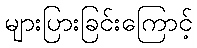
များပြားခြင်းကြောင့်